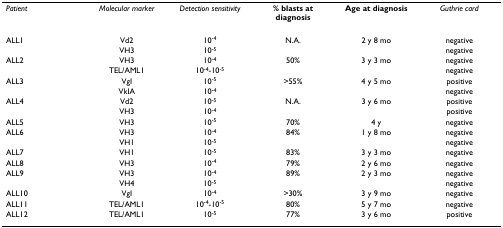
<table><thead><tr><td><b><i>Patient</i></b></td><td><b><i>Molecular marker</i></b></td><td><b><i>Detection sensitivity</i></b></td><td><b>% blasts at diagnosis</b></td><td><b>Age at diagnosis</b></td><td><b><i>Guthrie card</i></b></td></tr></thead><tbody><tr><td>ALL1</td><td>Vd2</td><td>10<sup>-4</sup></td><td>N.A.</td><td>2 y 8 mo</td><td>negative</td></tr><tr><td></td><td>VH3</td><td>10<sup>-5</sup></td><td></td><td></td><td>negative</td></tr><tr><td>ALL2</td><td>VH3</td><td>10<sup>-4</sup></td><td>50%</td><td>3 y 3 mo</td><td>negative</td></tr><tr><td></td><td>TEL/AML1</td><td>10<sup>-4</sup>-10<sup>-5</sup></td><td></td><td></td><td>negative</td></tr><tr><td>ALL3</td><td>VgI</td><td>10<sup>-5</sup></td><td>&gt;55%</td><td>4 y 5 mo</td><td>positive</td></tr><tr><td></td><td>VkIA</td><td>10<sup>-4</sup></td><td></td><td></td><td>negative</td></tr><tr><td>ALL4</td><td>Vd2</td><td>10<sup>-5</sup></td><td>N.A.</td><td>3 y 6 mo</td><td>positive</td></tr><tr><td></td><td>VH3</td><td>10<sup>-4</sup></td><td></td><td></td><td>positive</td></tr><tr><td>ALL5</td><td>VH3</td><td>10<sup>-5</sup></td><td>70%</td><td>4 y</td><td>negative</td></tr><tr><td>ALL6</td><td>VH3</td><td>10<sup>-4</sup></td><td>84%</td><td>1 y 8 mo</td><td>negative</td></tr><tr><td></td><td>VH1</td><td>10<sup>-5</sup></td><td></td><td></td><td>negative</td></tr><tr><td>ALL7</td><td>VH1</td><td>10<sup>-5</sup></td><td>83%</td><td>3 y 3 mo</td><td>negative</td></tr><tr><td>ALL8</td><td>VH3</td><td>10<sup>-4</sup></td><td>79%</td><td>2 y 6 mo</td><td>negative</td></tr><tr><td>ALL9</td><td>VH3</td><td>10<sup>-4</sup></td><td>89%</td><td>2 y 3 mo</td><td>negative</td></tr><tr><td></td><td>VH4</td><td>10<sup>-5</sup></td><td></td><td></td><td>negative</td></tr><tr><td>ALL10</td><td>VgI</td><td>10<sup>-4</sup></td><td>&gt;30%</td><td>3 y 9 mo</td><td>negative</td></tr><tr><td>ALL11</td><td>TEL/AML1</td><td>10<sup>-4</sup>-10<sup>-5</sup></td><td>80%</td><td>5 y 7 mo</td><td>negative</td></tr><tr><td>ALL12</td><td>TEL/AML1</td><td>10<sup>-5</sup></td><td>77%</td><td>3 y 6 mo</td><td>positive</td></tr></tbody></table>